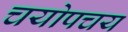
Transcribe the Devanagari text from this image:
चयोपचय